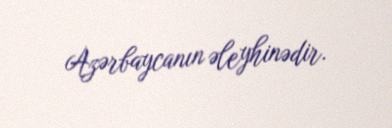
Azərbaycanın əleyhinədir.